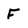
Character: F